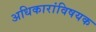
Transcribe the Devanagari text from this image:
अधिकारांविषयक